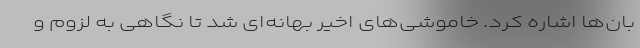
بان‌ها اشاره کرد. خاموشی‌های اخیر بهانه‌ای شد تا نگاهی به لزوم و